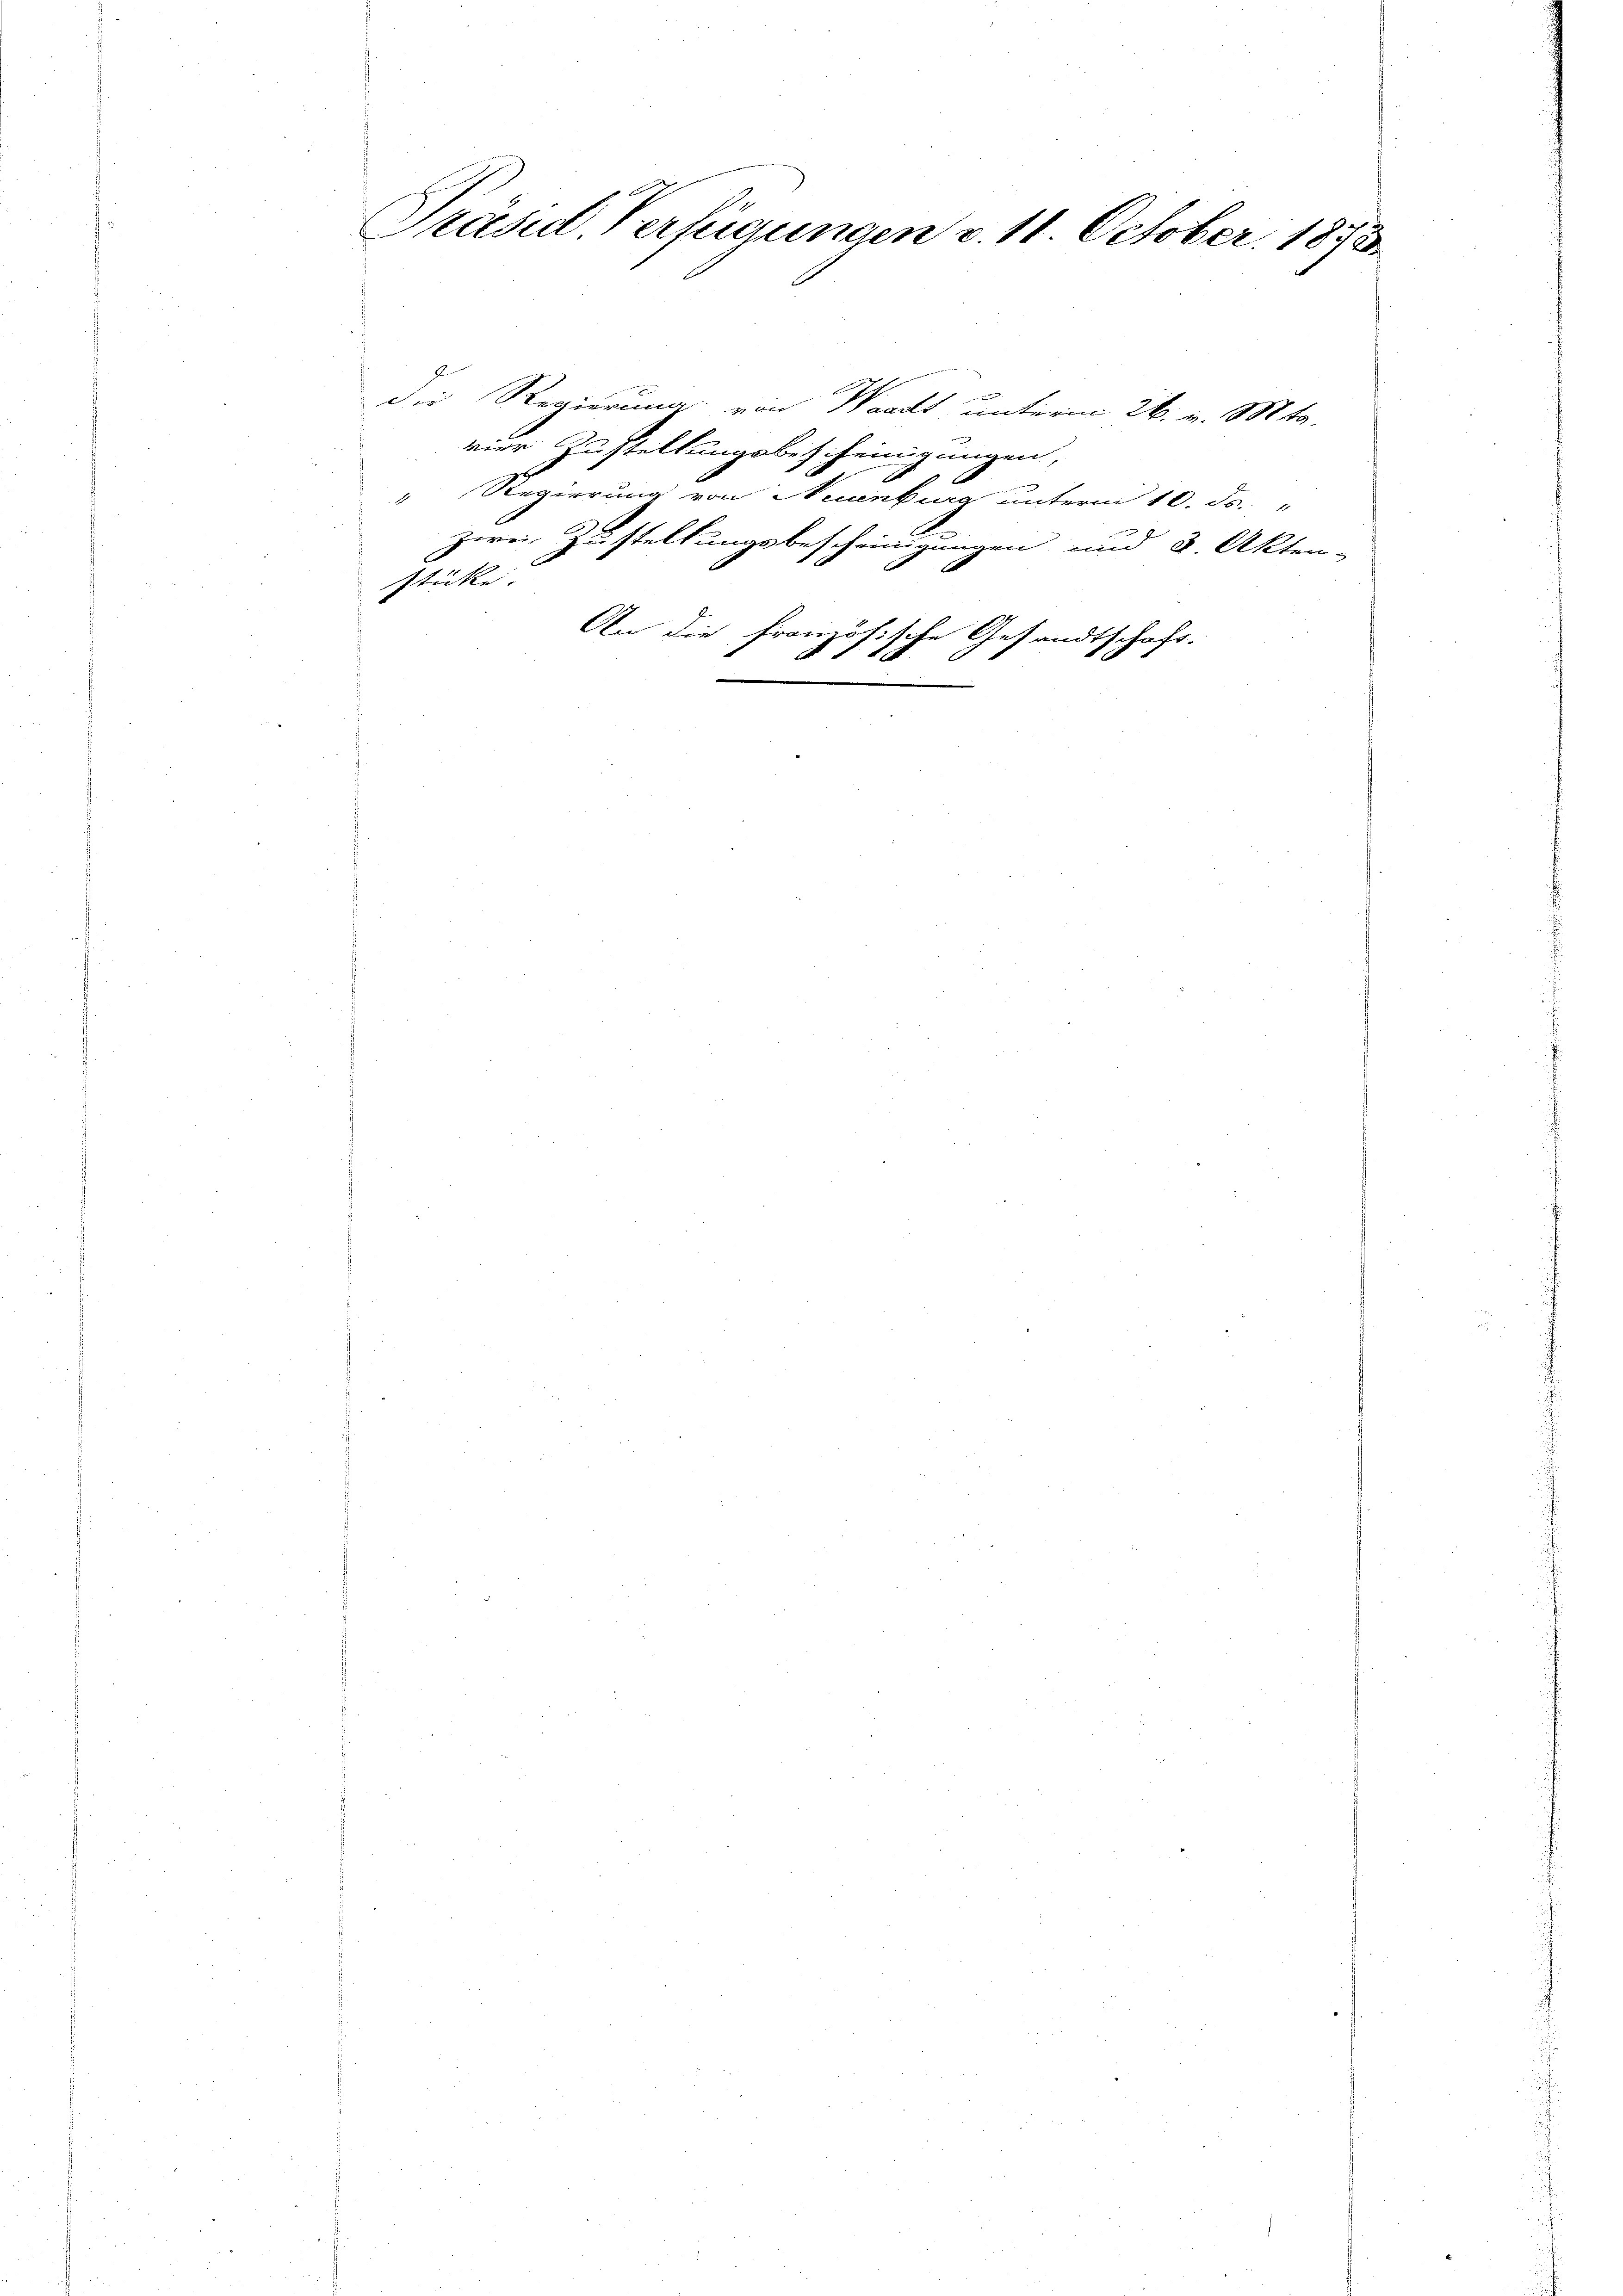
Präsid. Verfügungen v. 11. October. 1873.

stücke.
An die Fra
e

die Regierung von Waadt unterm 26. v. Mts.
vier Zustellungsbetheinigungen,

Regierung von Neuenburg unterm 10. ds. "
zwei Zustellungsbescheinigungen und 2. Akten-
dh
 §1 Ich

Gesandtschaft.
1